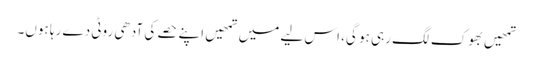
تمھیں بھوک لگ رہی ہو گی، اس لیے میں تمھیں اپنے حصے کی آدھی روٹی دے رہا ہوں۔